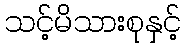
သင့်မိသားစုနှင့်